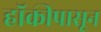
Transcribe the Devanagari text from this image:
हॉकीपासून